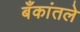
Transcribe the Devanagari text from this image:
बँकांतले